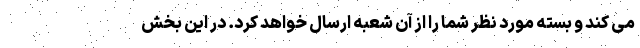
می کند و بسته مورد نظر شما را از آن شعبه ارسال خواهد کرد. در این بخش